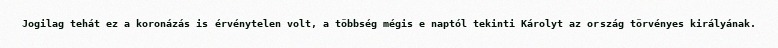
Jogilag tehát ez a koronázás is érvénytelen volt, a többség mégis e naptól tekinti Károlyt az ország törvényes királyának.